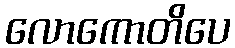
လောကောတိပေ